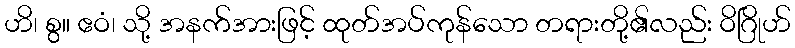
ဟိ၊ စွ။ ဧဝံ၊ သို့ အနက်အားဖြင့် ထုတ်အပ်ကုန်သော တရားတို့၏လည်း ဝိဂြိုဟ်